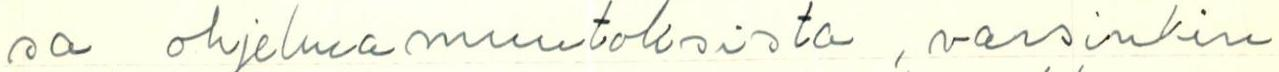
sa ohjelmamuutoksista, varsinkin